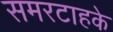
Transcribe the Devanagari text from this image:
समरटाहके